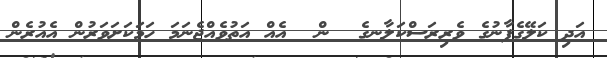
އަދި ކަލޭގެފާނުގެ ވެރިރަސްކަލާނގެ  ން  އެއް އަތުވެއްޖެނަމަ ހަމަކަށަވަރުން އެއުރެން